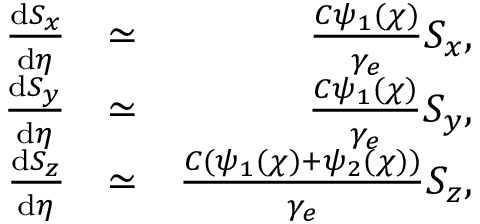
\begin{array} { r l r } { \frac { \mathrm { d } { S _ { x } } } { \mathrm { d } \eta } } & { \simeq } & { \frac { C \psi _ { 1 } ( \chi ) } { \gamma _ { e } } S _ { x } , } \\ { \frac { \mathrm { d } { S _ { y } } } { \mathrm { d } \eta } } & { \simeq } & { \frac { C \psi _ { 1 } ( \chi ) } { \gamma _ { e } } S _ { y } , } \\ { \frac { \mathrm { d } { S _ { z } } } { \mathrm { d } \eta } } & { \simeq } & { \frac { C ( \psi _ { 1 } ( \chi ) + \psi _ { 2 } ( \chi ) ) } { \gamma _ { e } } S _ { z } , } \end{array}